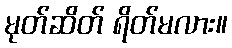
မုတ်ဆိတ် ရိတ်မလား။